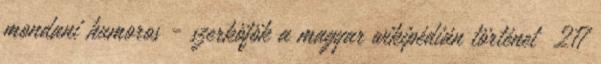
mondani humoros - szerköfök a magyar wikipédián történet ‎ 217